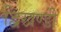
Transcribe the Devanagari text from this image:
द्विखण्डी